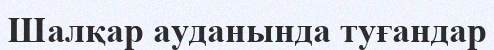
Шалқар ауданында туғандар